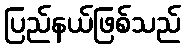
ပြည်နယ်ဖြစ်သည်